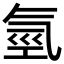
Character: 氫